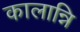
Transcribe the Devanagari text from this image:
कालान्नि